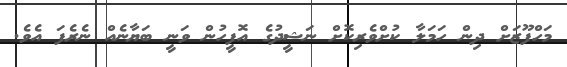
މަހްފޫޒަށް ދިން ހަމަލާ ކުށްވެރިކޮށް ނަޝީދުގެ އޮފީހުން ވަނީ ބަޔާނެއް ނެރެފަ އެވެ.